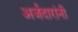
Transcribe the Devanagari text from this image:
अर्जदारांनी